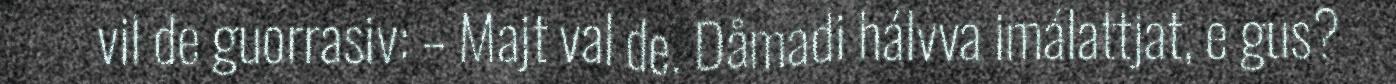
vil de guorrasiv: – Majt val de. Dåmadi hálvva imálattjat, e gus?